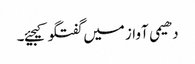
دھیمی آواز میں گفتگو کیجیئے۔